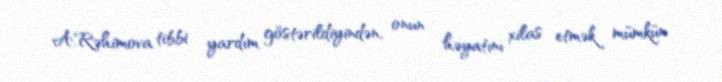
A.Rəhimova tibbi yardım göstərildiyindən, onun həyatını xilas etmək mümkün